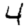
Digit: 4